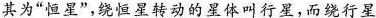
其为”恒星”，绕恒星转动的星体叫行星，而绕行星